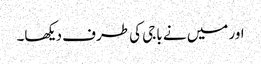
اور میں نے باجی کی طرف دیکھا۔